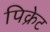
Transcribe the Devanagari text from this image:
पिक्रेट